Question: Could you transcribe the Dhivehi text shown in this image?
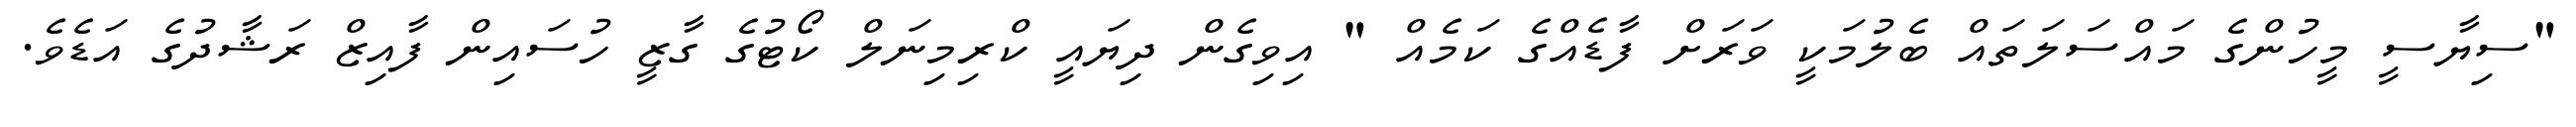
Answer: "ސިޔާސީ މީހުންގެ މައްސަލަތައް ބެލުމަކީ ވަރަށް ފާޑެއްގެ ކަމެއް " އިވިގެން ދިޔައީ ކްރިމިނަލް ކޯޓުގެ ގާޒީ ހުސައިން ފާއިޒް ރަޝާދުގެ އަޑެވެ.